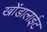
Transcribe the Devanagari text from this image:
खोंडालाईट